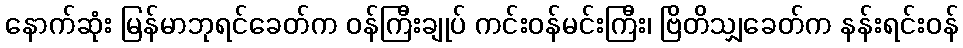
နောက်ဆုံး မြန်မာဘုရင်ခေတ်က ဝန်ကြီးချုပ် ကင်းဝန်မင်းကြီး၊ ဗြိတိသျှခေတ်က နန်းရင်းဝန်